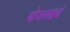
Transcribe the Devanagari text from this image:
भोजनखर्च